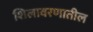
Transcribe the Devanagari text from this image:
शिलावरणातील